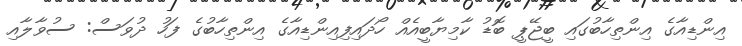
އިންޑިއާގެ އިންތިހާބުގައި ބީޖޭޕީ ބޮޑު ކާމިޔާބީއެއް ހޯދައިފިއިންޑިއާގެ އިންތިހާބުގެ ފަހު ދުވަސް: ސުވާލާއި